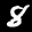
Label: 8